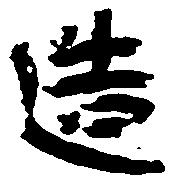
造